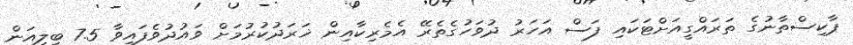
ޕާކިސްތާނުގެ ތަރައްގީއަށްޓަކައި ފަސް އަހަރު ދުވަހުގެތެރޭ އެމެރިކާއިން ޚަރަދުކުރުމަށް ވައުދުވެފައިވާ 7.5 ބިލިއަން